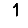
Digit: 1